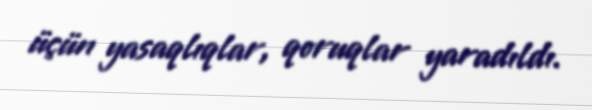
üçün yasaqlıqlar, qoruqlar yaradıldı.